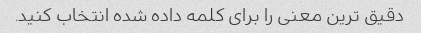
دقیق ترین معنی را برای کلمه داده شده انتخاب کنید.